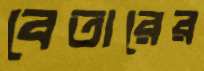
বেতারের